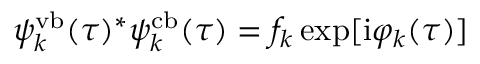
\psi _ { k } ^ { \mathrm { v b } } ( \tau ) ^ { * } \psi _ { k } ^ { \mathrm { c b } } ( \tau ) = f _ { k } \exp [ \mathrm { i } \varphi _ { k } ( \tau ) ]